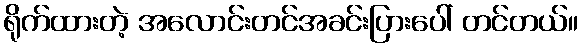
ရိုက်ထားတဲ့ အလောင်းတင်အခင်းပြားပေါ် တင်တယ်။